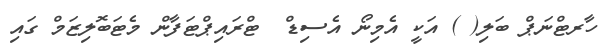
ހާރޓްނަޕް ބަލި( ) އަކީ އެމިނޯ އެސިޑް  ޓްރައިޕްޓަފާން މެޓަބޮލިޒަމް ގައި